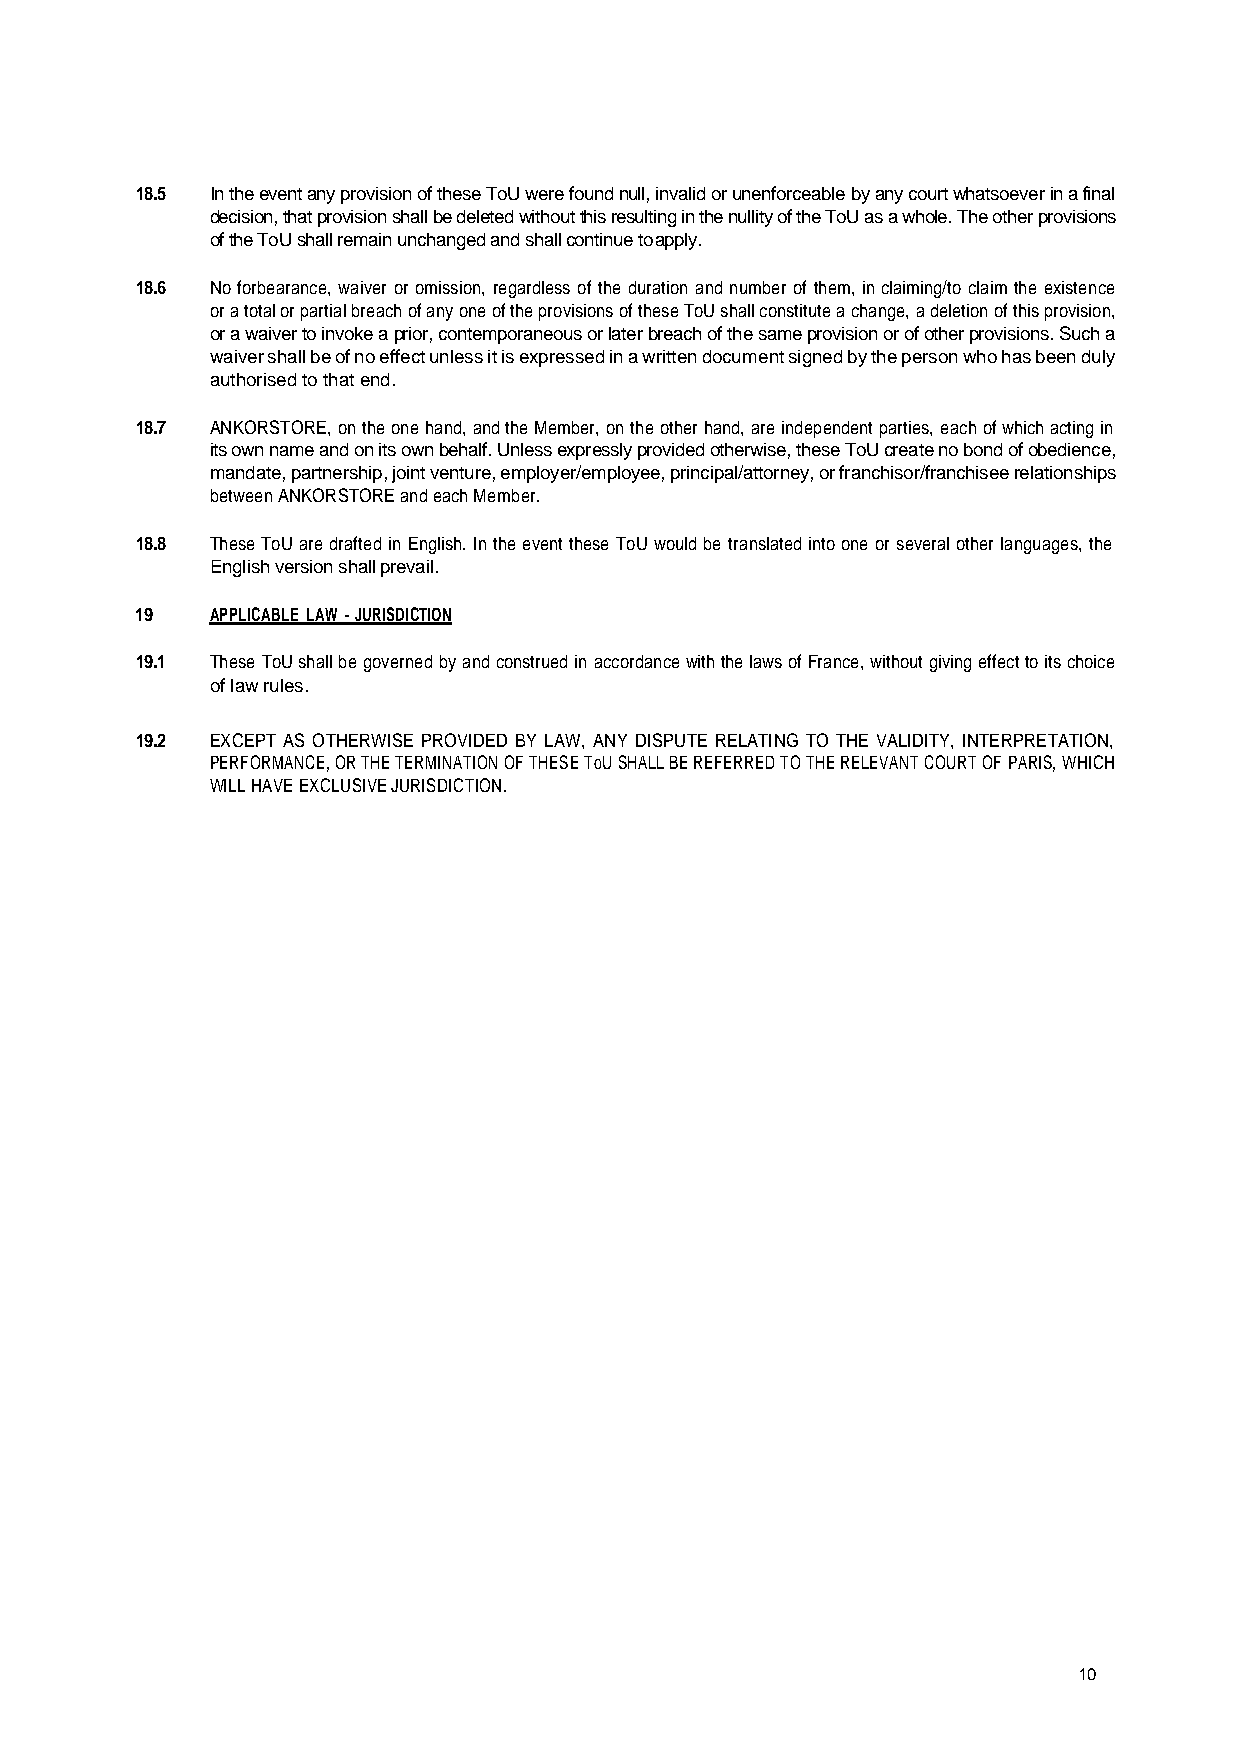
18.5 In the event any provision of these ToU were found null, invalid or unenforceable by any court whatsoever in a final
 decision, that provision shall be deleted without this resulting in the nullity of the ToU as a whole. The other provisions
 of the ToU shall remain unchanged and shall continue to apply.
 18.6 No forbearance, waiver or omission, regardless of the duration and number of them, in claiming/to claim the existence
 or a total or partial breach of any one of the provisions of these ToU shall constitute a change, a deletion of this provision,
 or a waiver to invoke a prior, contemporaneous or later breach of the same provision or of other provisions. Such a
 waiver shall be of no effect unless it is expressed in a written document signed by the person who has been duly
 authorised to that end.
 18.7 ANKORSTORE, on the one hand, and the Member, on the other hand, are independent parties, each of which acting in
 its own name and on its own behalf. Unless expressly provided otherwise, these ToU create no bond of obedience,
 mandate, partnership, joint venture, employer/employee, principal/attorney, or franchisor/franchisee relationships
 between ANKORSTORE and each Member.
 18.8 These ToU are drafted in English. In the event these ToU would be translated into one or several other languages, the
 English version shall prevail.
 19   APPLICABLE LAW - JURISDICTION
 19.1 These ToU shall be governed by and construed in accordance with the laws of France, without giving effect to its choice
 of law rules.
 19.2 EXCEPT AS OTHERWISE PROVIDED BY LAW, ANY DISPUTE RELATING TO THE VALIDITY, INTERPRETATION,
 PERFORMANCE, OR THE TERMINATION OF THESE ToU SHALL BE REFERRED TO THE RELEVANT COURT OF PARIS, WHICH
 WILL HAVE EXCLUSIVE JURISDICTION.
 10